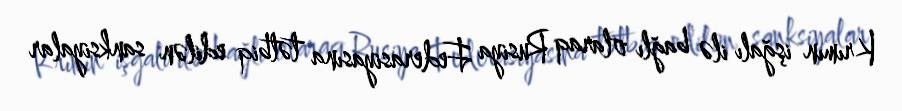
Krımın işğalı ilə bağlı olaraq Rusiya Federasiyasına tətbiq edilən sanksiyalar